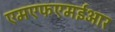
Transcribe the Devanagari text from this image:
एमएफएमईआर